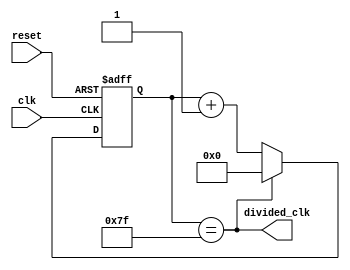
module ripple_counter_clock_divider
(
    input wire clk,
    input wire reset,
    output reg divided_clk
);

reg [7:0] count;

always @(posedge clk or posedge reset)
begin
    if (reset)
        count <= 0;
    else if (count == 7'b11111111) // divide by 256
        count <= 0;
    else
        count <= count + 1;
end

assign divided_clk = (count == 7'b11111111); // output divided clock signal

endmodule